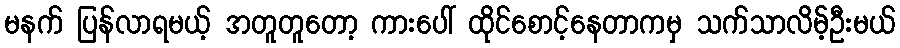
မနက် ပြန်လာရမယ့် အတူတူတော့ ကားပေါ် ထိုင်စောင့်နေတာကမှ သက်သာလိမ့်ဦးမယ်